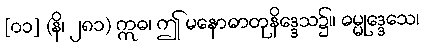
[၀၁] (နိ၊ ၂၈၁) ဣဓ၊ ဤ မနောဓာတုနိဒ္ဒေသ၌။ ဓမ္မုဒ္ဒေသေ၊